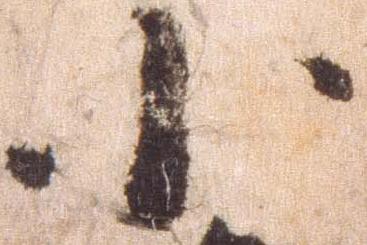
小